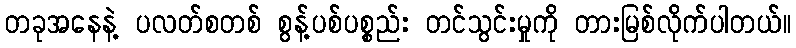
တခုအနေနဲ့ ပလတ်စတစ် စွန့်ပစ်ပစ္စည်း တင်သွင်းမှုကို တားမြစ်လိုက်ပါတယ်။